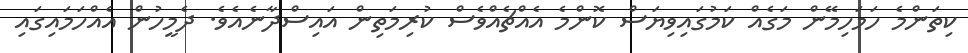
ކިތަންމެ ހަމަހިމޭން މަގެއް ކަމުގައިވިޔަސް ކޮންމެ އެއްޗެއްވެސް ކުރިމަތިން އައިސްދާނެއެވެ. ދެމީހުން އެއްހަމައިގައި